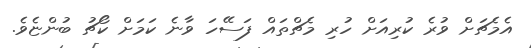
އެމެޗަށް ވުރެ ކުރިއަށް ހުރި މެޗްތައް ފަސޭހަ ވާނެ ކަމަށް ކޯޗު ބުންޏެވެ.